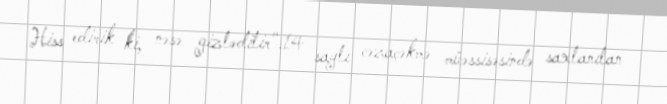
Hiss edirik ki, nəsə gizlədilir".14 saylı cəzaçəkmə müəssisəsində saxlanılan